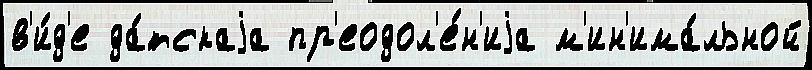
в'и́д'е да́тскаjа пр'еодол'е́н'иjа м'ин'има́льной